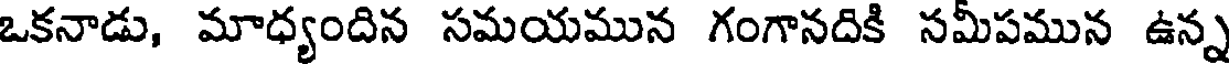
ఒకనాడు, మాధ్యందిన సమయమున గంగానదికి సమీపమున ఉన్న